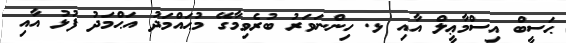
ޙަސީބް އިސްމާޢީލް އާއި ޅ. ހިންނަވަރު ބުރެވިމާގޭ މުޙައްމަދު އަޙްމަދު ފުޅު އާއި